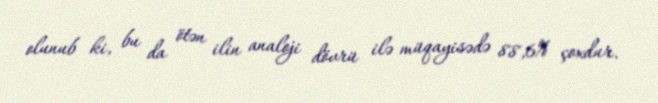
olunub ki, bu da ötən ilin analoji dövrü ilə müqayisədə 88,6% çoxdur.